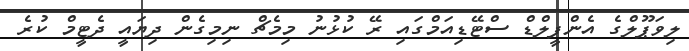
ލިވަޕޫލްގެ އެންފީލްޑް ސްޓޭޑިއަމްގައި ރޭ ކުޅުނު މިމެޗް ނިމިގެން ދިޔައީ ދެޓީމް ކުރެ